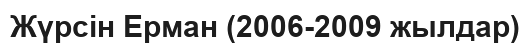
Жүрсін Ерман (2006-2009 жылдар)